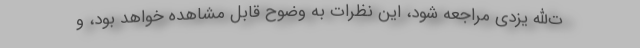
ت‌الله یزدی مراجعه شود، این نظرات به وضوح قابل مشاهده خواهد بود، و